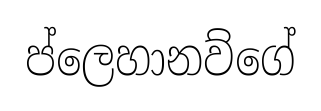
ප්ලෙහානව්ගේ